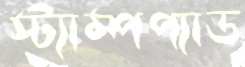
স্ট্যাম্পপ্যাড